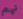
نهم